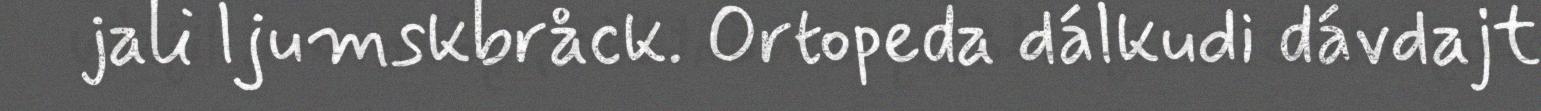
jali ljumskbråck. Ortopeda dálkudi dávdajt